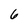
Character: 6